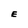
Character: E